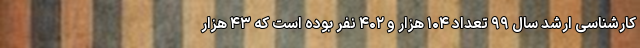
کارشناسی ارشد سال ۹۹ تعداد ۱۰۴ هزار و ۴۰۲ نفر بوده است که ۴۳ هزار